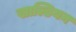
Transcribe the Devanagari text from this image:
खाल्डियन